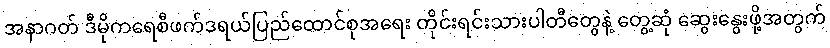
အနာဂတ် ဒီမိုကရေစီဖက်ဒရယ်ပြည်ထောင်စုအရေး တိုင်းရင်းသားပါတီတွေနဲ့ တွေ့ဆုံ ဆွေးနွေးဖို့အတွက်